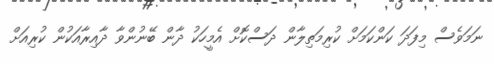
ނަމަވެސް މިފަދަ ކަންކަމަށް ކުރިމަތިލާން ދަސްކޮށް އެމީހަކު ދާން ބޭނުންވާ ދާއިރާއަކުން ކުރިއަށް